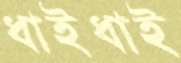
ধাইধাই